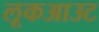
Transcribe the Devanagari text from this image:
लूकआउट